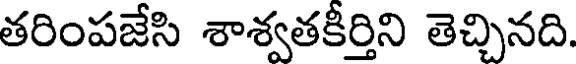
తరింపజేసి శాశ్వతకీర్తిని తెచ్చినది.